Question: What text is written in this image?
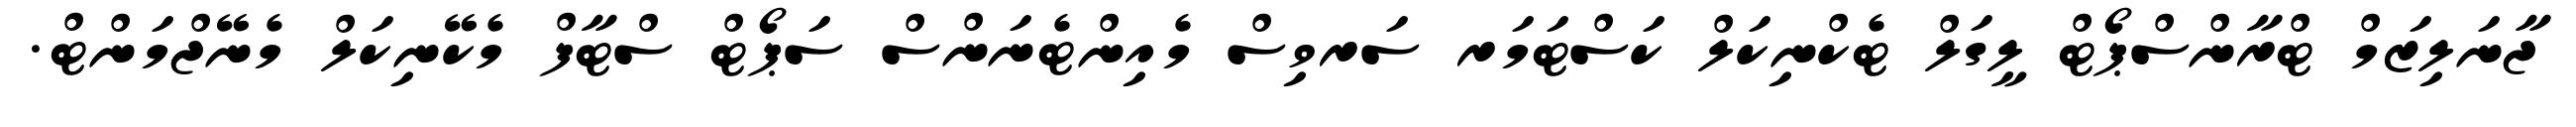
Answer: ޖާނަލިޒަމް ޓްރާންސްޕޯޓް ލީގަލް ޓެކްނިކަލް ކަސްޓަމަރ ސަރވިސް މެއިންޓެނަންސް ސަޕޯޓް ސްޓާފް މެކޭނިކަލް މެނޭޖްމަންޓް.